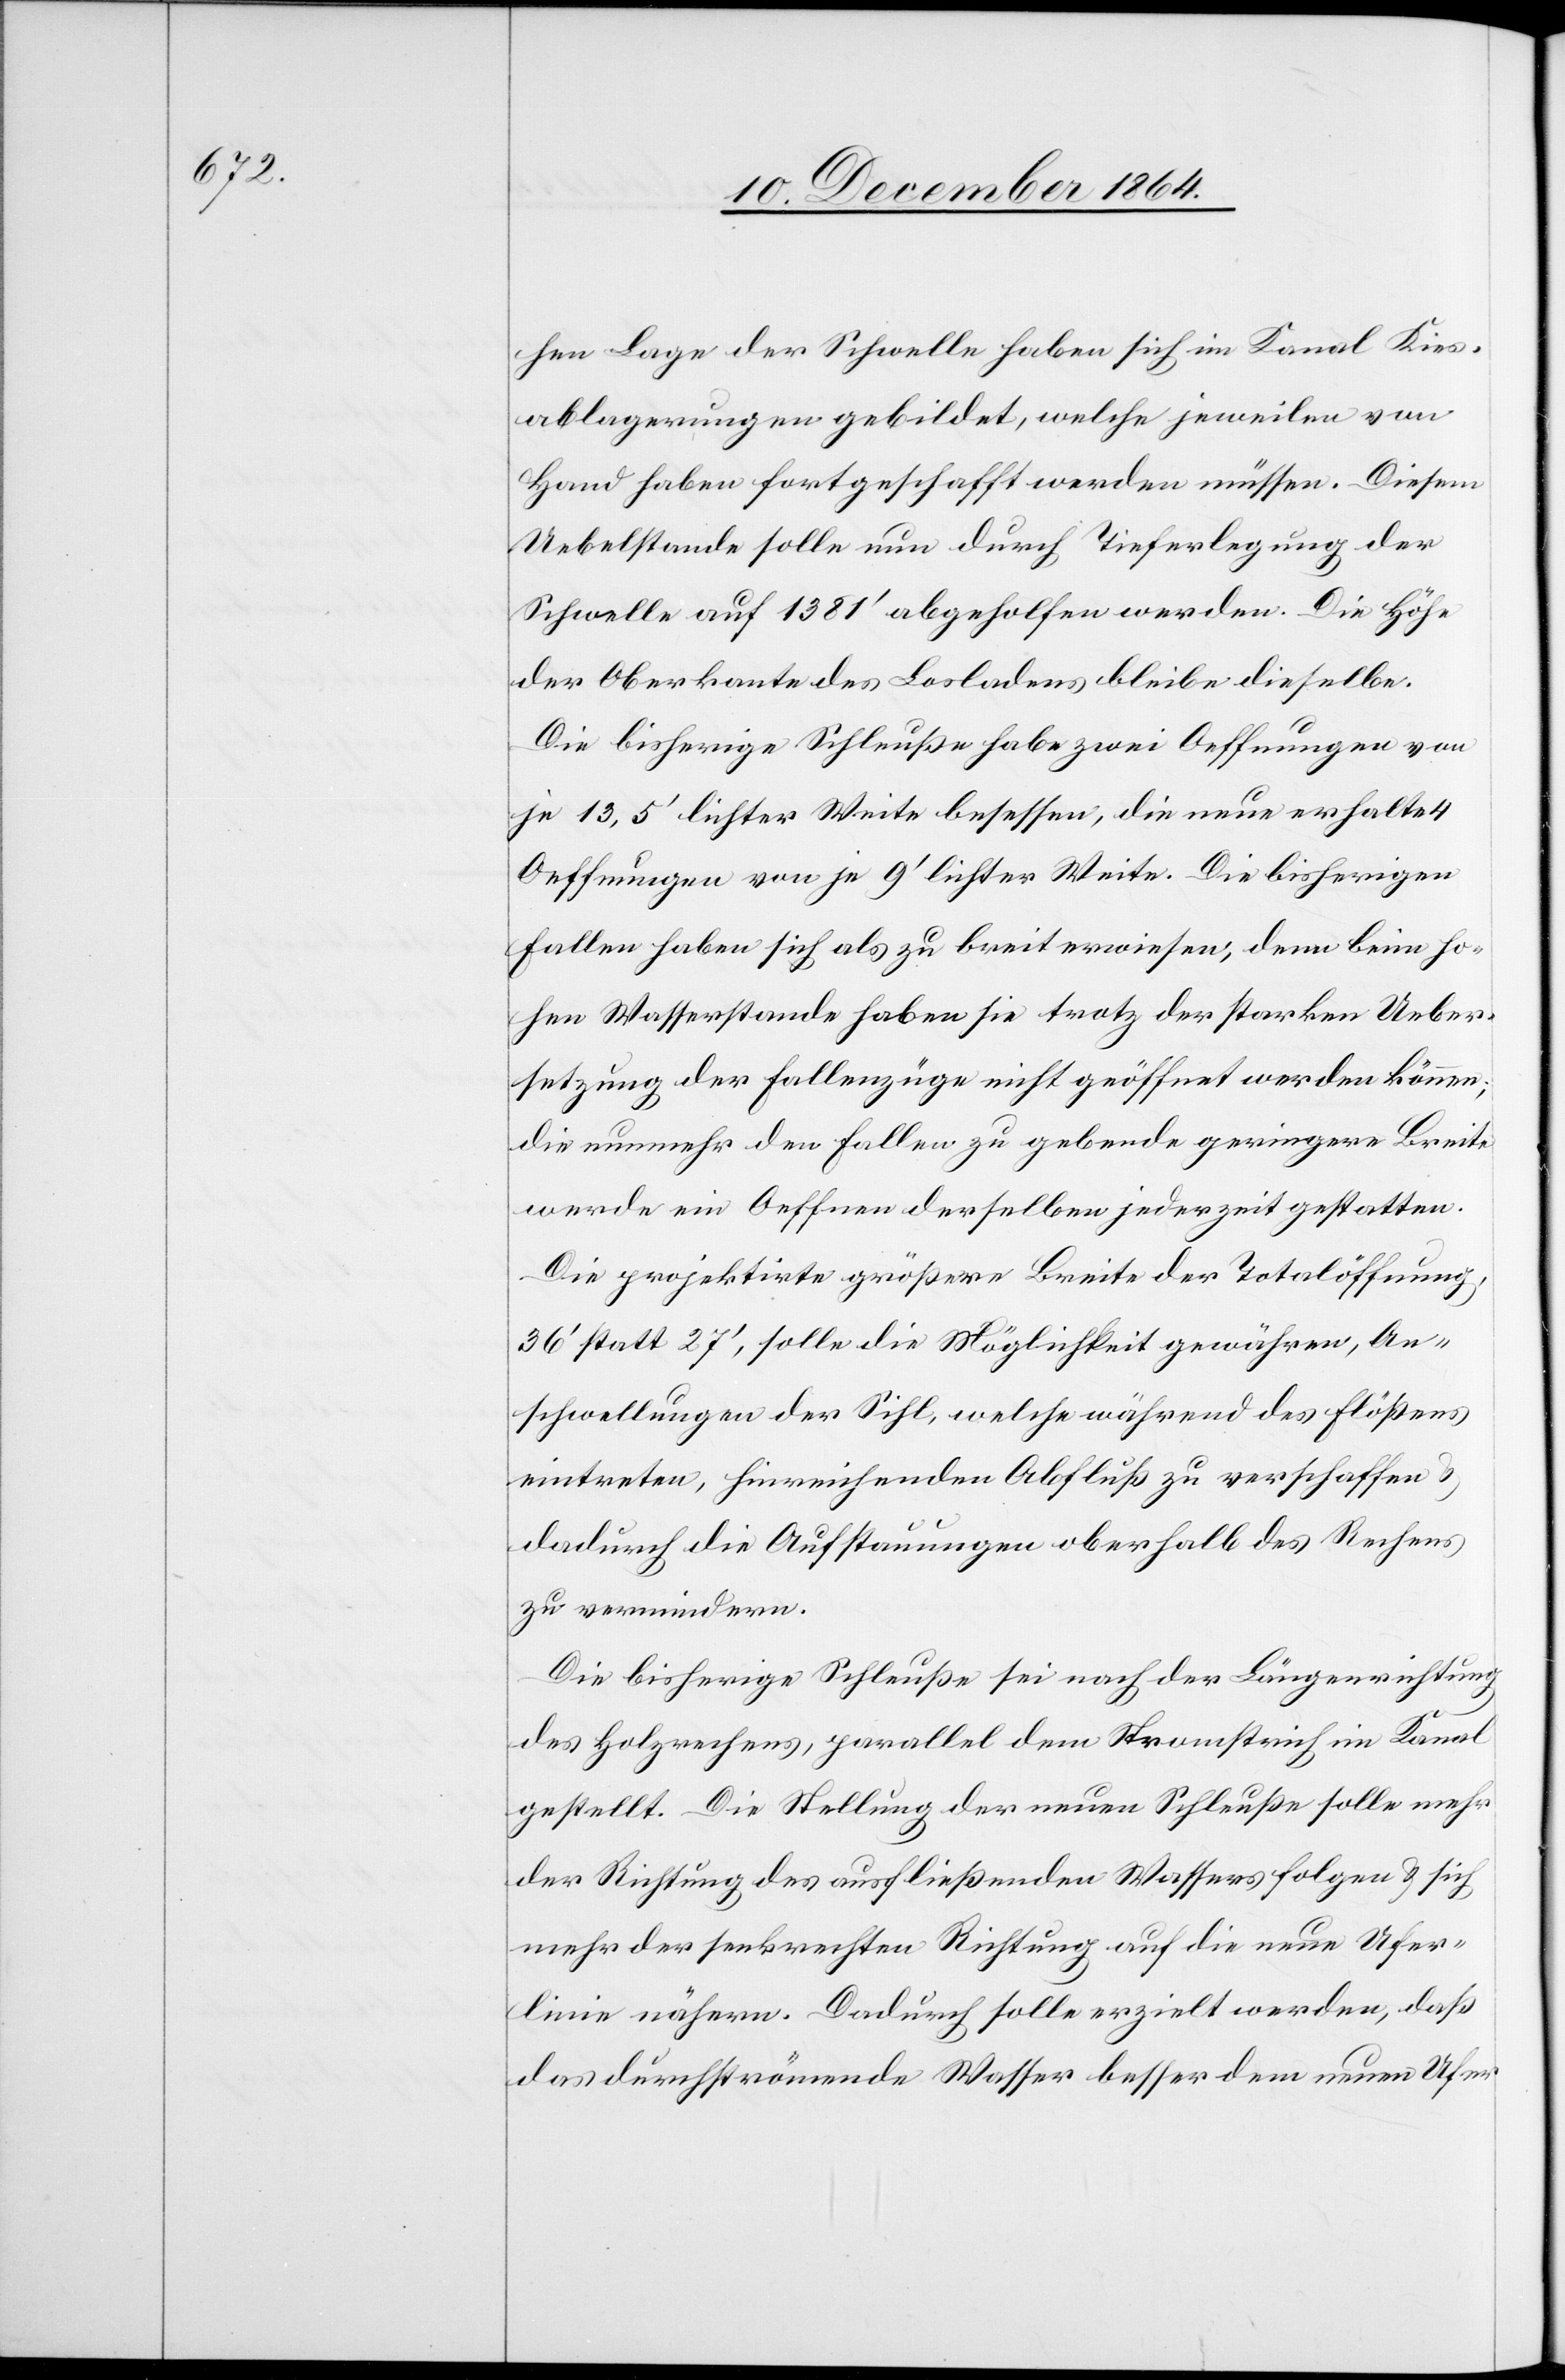
hen Lage der Schwelle haben sich im Kanal Kies¬
ablagerungen gebildet, welche jeweilen von
Hand haben fortgeschafft werden müssen. Diesem
Uebelstande solle nun durch Tieferlegung der
Schwelle auf 1 281’ abgeholfen werden. Die Höhe
der Oberkante des Losladens bleibe dieselbe.
Die bisherige Schleuße habe zwei Oeffnungen von
je 13,5’ lichter Weite besessen, die neue enthalte
Oeffnungen von je 9’ lichter Weite. die bisherigen
Fallen haben sich als zu breit erwiesen, denn beim ho¬
hen Wasserstande haben sie trotz der starken Ueber¬
setzung der Fallenzüge nicht geöffnet werden können;
die nunmehr den Fallen zu gebende geringere Breite
werde ein Oeffnen derselben jederzeit gestatten.
Die projektirte größere Breite der Totalöffnung,
36’ statt 27’, solle die Möglichkeit gewähren, An¬
schwellungen der Sihl, welche während des Flößens
eintreten, hinreichenden Abfluß zu verschaffen &
dadurch die Aufstauungen oberhalb des Rechens
zu vermindern
Diese bisherige Schleuße sei nach der Längenrichtung
des Holzrechens, parallel dem Stromstrich im Kanal
gestellt. Die Stellung der neuen Schleuße solle mehr
der Richtung des ausfließenden Wassers folgen & sich
mehr der senkrechten Richtung auf die neuen Ufer¬
linie nähern. Dadurch solle erzielt werden, daß
das durchströmende Wasser besser dem neuen Ufer